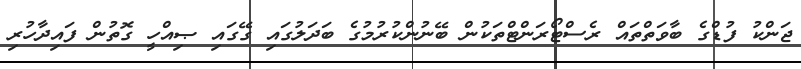
ޖަންކު ފުޑްގެ ބާވަތްތައް ރެސްޓޯރަންޓްތަކުން ބޭނުންކުރުމުގެ ބަދަލުގައި ގޭގައި ޞިއްހީ ގޮތުން ފައިދާހުރި